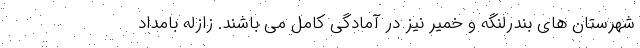
شهرستان های بندرلنگه و خمیر نیز در آمادگی کامل می باشند. زازله بامداد